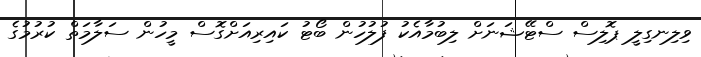
ވިލިނގިލީ ޕޮލިސް ސްޓޭޝަނަށް ލިބުމާއެކު ފުލުހުން ބޯޓު ކައިރިއަށްގޮސް މީހުން ސަލާމަތް ކުރުމުގެ